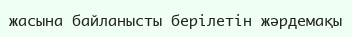
жасына байланысты берілетін жәрдемақы